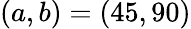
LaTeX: (a,b)=(45,90)